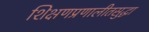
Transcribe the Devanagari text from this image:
शिक्षणप्रणालीतसुद्धा